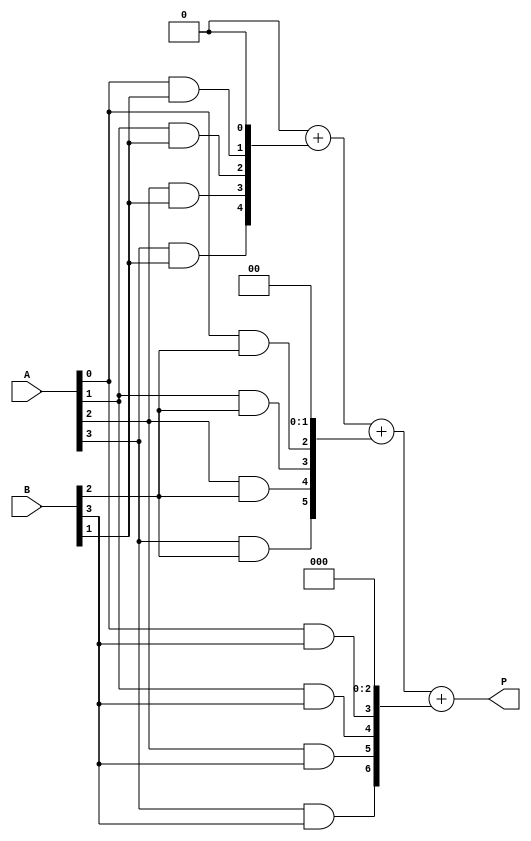
module array_multiplier #(parameter N = 4) (
    input  [N-1:0] A, // N-bit operand A
    input  [N-1:0] B, // N-bit operand B
    output [2*N-1:0] P // 2N-bit product
);

    // Intermediate wires to hold partial products
    wire [N-1:0] partial_product [0:N-1];

    // Generate AND gates for partial products
    genvar i, j;
    generate
        for (i = 0; i < N; i = i + 1) begin: and_gate_array
            for (j = 0; j < N; j = j + 1) begin: and_gate
                assign partial_product[i][j] = A[j] & B[i];
            end
        end
    endgenerate

    // Sum the partial products using a tree structure of adders
    wire [2*N-1:0] sum [0:N-1]; // Array to hold sums at various stages
    assign sum[0] = {partial_product[0], 0}; // First partial product aligned
    
    // Add partial products
    genvar k;
    generate
        for (k = 1; k < N; k = k + 1) begin: adder_tree
            // Align the partial product based on its index
            assign sum[k] = {partial_product[k], k'b0}; // Shift left by k bits
            if (k == 1) begin
                assign sum[k] = sum[0] + sum[k]; // First addition
            end else begin
                assign sum[k] = sum[k-1] + sum[k]; // Subsequent additions
            end
        end
    endgenerate

    // Final product output
    assign P = sum[N-1];

endmodule